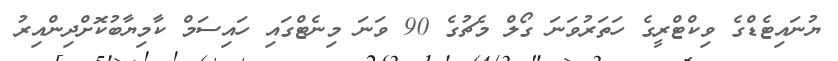
ޔުނައިޓެޑްގެ ވިކްޓްރީގެ ހަތަރުވަނަ ގޯލް މެޗުގެ 90 ވަނަ މިނެޓްގައި ހައިސަމް ކާމިޔާބުކޮށްދިންއިރު